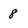
Character: 8